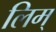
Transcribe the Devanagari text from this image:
लिम्‌